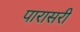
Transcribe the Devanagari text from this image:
पारासरी